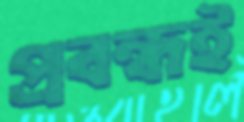
প্রবন্ধই